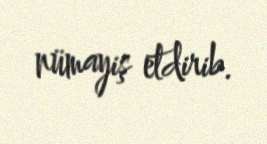
nümayiş etdirib.